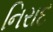
નિરાદ